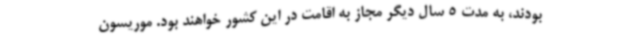
بودند، به مدت 5 سال دیگر مجاز به اقامت در این کشور خواهند بود. موریسون